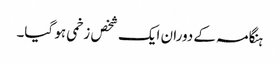
ہنگامہ کے دوران ایک شخص زخمی ہو گیا۔